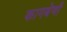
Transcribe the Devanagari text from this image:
कागबेणी